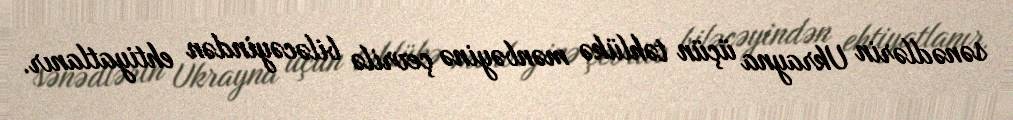
sənədlərin Ukrayna üçün təhlükə mənbəyinə çevrilə biləcəyindən ehtiyatlanır.